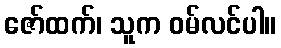
ဇော်ထက်၊ သူက ဝမ်လင်ပါ။